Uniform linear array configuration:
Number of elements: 16
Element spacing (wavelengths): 0.75
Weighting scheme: cosine
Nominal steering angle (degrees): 30
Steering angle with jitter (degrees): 29.229
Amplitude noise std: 0.05
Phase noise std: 0.05

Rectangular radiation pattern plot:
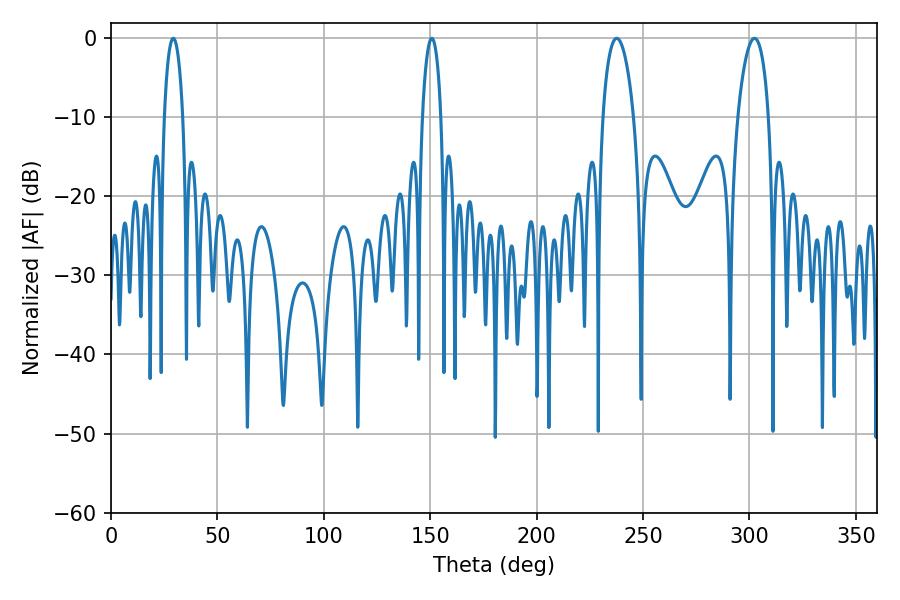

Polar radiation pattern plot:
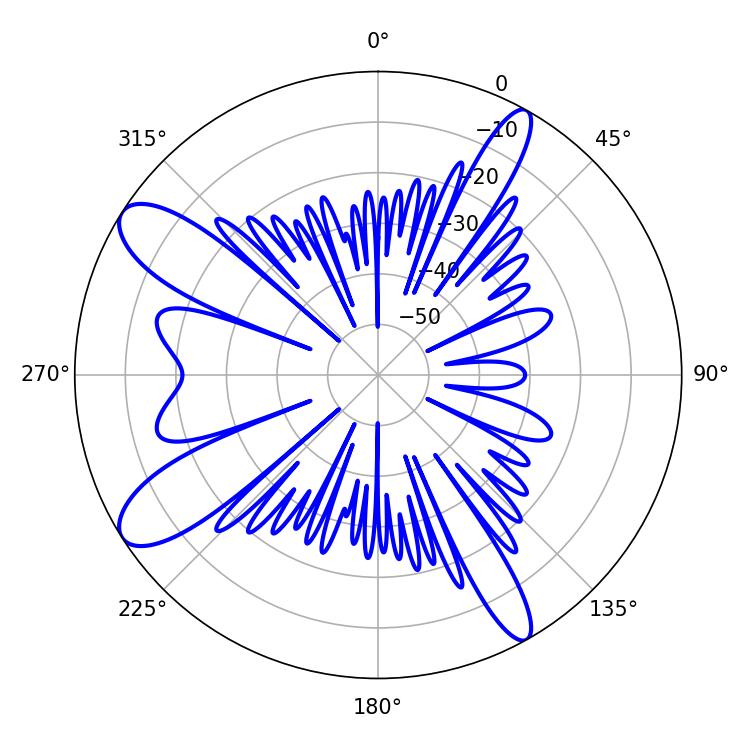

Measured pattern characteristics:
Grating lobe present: TRUE
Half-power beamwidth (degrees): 8.1
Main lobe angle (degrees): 237.6